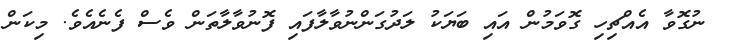
ނުގޮވާ އެއްޗިހި ގޮވަމުން އައި ބަޔަކު ލަދުގަންނުވާލާފައި ފޮނުވާލާތަން ވެސް ފެނެއެވެ. މިކަން